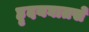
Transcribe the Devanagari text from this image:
ह्रृदयघातसे